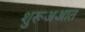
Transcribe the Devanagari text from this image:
शुरूअआत